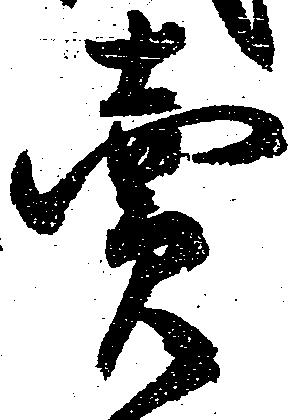
売